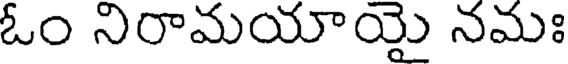
ఓం నిరామయాయై నమః